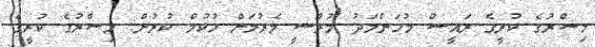
މިސްރުގެ ކުރީގެ ރައީސް މުހަންމަދު މުރްސީ މެރުމަށް ހުކުމް ކުރުން: މިސްރުގެ ކުރީގެ